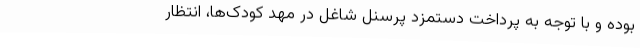
بوده و با توجه به پرداخت دستمزد پرسنل شاغل در مهد کودک‌ها، انتظار